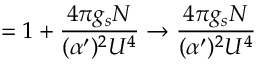
= 1 + \frac { 4 \pi g _ { s } N } { ( \alpha ^ { \prime } ) ^ { 2 } U ^ { 4 } } \rightarrow \frac { 4 \pi g _ { s } N } { ( \alpha ^ { \prime } ) ^ { 2 } U ^ { 4 } }